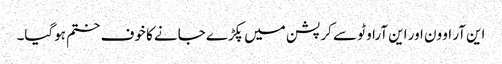
این آر او ون اور این آراو ٹو سے کرپشن میں پکڑے جانے کا خوف ختم ہوگیا۔